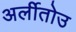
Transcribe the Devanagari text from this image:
अर्लीतोउ